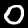
Label: 0